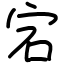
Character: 宕